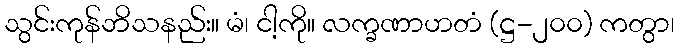
သွင်းကုန်ဘိသနည်း။ မံ၊ ငါ့ကို။ လက္ခဏာဟတံ (ဋ္ဌ-၂၀၀) ကတွာ၊